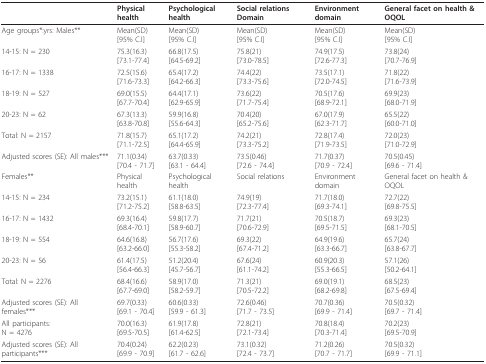
<table><thead><tr><td></td><td><b>Physical health</b></td><td><b>Psychological health</b></td><td><b>Social relations Domain</b></td><td><b>Environment domain</b></td><td><b>General facet on health &amp; OQOL</b></td></tr></thead><tbody><tr><td>Age groups*:yrs: Males**</td><td>Mean(SD)[95% C.I]</td><td>Mean(SD)[95% C.I]</td><td>Mean(SD)[95% C.I]</td><td>Mean(SD)[95% C.I]</td><td>Mean(SD)[95% C.I]</td></tr><tr><td>14-15: N = 230</td><td>75.3(16.3)[73.1-77.4]</td><td>66.8(17.5)[64.5-69.2]</td><td>75.8(21)[73.0-78.5]</td><td>74.9(17.5)[72.6-77.3]</td><td>73.8(24)[70.7-76.9]</td></tr><tr><td>16-17: N = 1338</td><td>72.5(15.6)[71.6-73.3]</td><td>65.4(17.2)[64.2-66.3]</td><td>74.4(22)[73.3-75.6]</td><td>73.5(17.1)[72.0-74.5]</td><td>71.8(22)[71.6-73.9]</td></tr><tr><td>18-19: N = 527</td><td>69.0(15.5)[67.7-70.4]</td><td>64.4(17.1)[62.9-65.9]</td><td>73.6(22)[71.7-75.4]</td><td>70.5(17.6)[68.9-72.1]</td><td>69.9(23)[68.0-71.9]</td></tr><tr><td>20-23: N = 62</td><td>67.3(13.3)[63.8-70.8]</td><td>59.9(16.8)[55.6-64.3]</td><td>70.4(20)[65.2-75.6]</td><td>67.0(17.9)[62.3-71.7]</td><td>65.5(22)[60.0-71.0]</td></tr><tr><td>Total: N = 2157</td><td>71.8(15.7)[71.1-72.5]</td><td>65.1(17.2)[64.4-65.9]</td><td>74.2(21)[73.3-75.2]</td><td>72.8(17.4)[71.9-73.5]</td><td>72.0(23)[71.0-72.9]</td></tr><tr><td>Adjusted scores (SE): All males***</td><td>71.1(0.34)[70.4 - 71.7]</td><td>63.7(0.33)[63.1 - 64.4]</td><td>73.5(0.46)[72.6 - 74.4]</td><td>71.7(0.37)[70.9 - 72.4]</td><td>70.5(0.45)[69.6 - 71.4]</td></tr><tr><td>Females**</td><td>Physical health</td><td>Psychological health</td><td>Social relations</td><td>Environment domain</td><td>General facet on health &amp; OQOL</td></tr><tr><td>14-15: N = 234</td><td>73.2(15.1)[71.2-75.2]</td><td>61.1(18.0)[58.8-63.5]</td><td>74.9(19)[72.3-77.4]</td><td>71.7(18.0)[69.3-74.1]</td><td>72.7(22)[69.8-75.5]</td></tr><tr><td>16-17: N = 1432</td><td>69.3(16.4)[68.4-70.1]</td><td>59.8(17.7)[58.9-60.7]</td><td>71.7(21)[70.6-72.9]</td><td>70.5(18.7)[69.5-71.5]</td><td>69.3(23)[68.1-70.5]</td></tr><tr><td>18-19: N = 554</td><td>64.6(16.8)[63.2-66.0]</td><td>56.7(17.6)[55.3-58.2]</td><td>69.3(22)[67.4-71.2]</td><td>64.9(19.6)[63.3-66.7]</td><td>65.7(24)[63.8-67.7]</td></tr><tr><td>20-23: N = 56</td><td>61.4(17.5)[56.4-66.3]</td><td>51.2(20.4)[45.7-56.7]</td><td>67.6(24)[61.1-74.2]</td><td>60.9(20.3)[55.3-66.5]</td><td>57.1(26)[50.2-64.1]</td></tr><tr><td>Total: N = 2276</td><td>68.4(16.6)[67.7-69.0]</td><td>58.9(17.0)[58.2-59.7]</td><td>71.3(21)[70.5-72.2]</td><td>69.0(19.1)[68.2-69.8]</td><td>68.5(23)[67.5-69.4]</td></tr><tr><td>Adjusted scores (SE): All females***</td><td>69.7(0.33)[69.1 - 70.4]</td><td>60.6(0.33)[59.9 - 61.3]</td><td>72.6(0.46)[71.7 - 73.5]</td><td>70.7(0.36)[69.9 - 71.4]</td><td>70.5(0.32)[69.7 - 71.4]</td></tr><tr><td>All participants:N = 4276</td><td>70.0(16.3)[69.5-70.5]</td><td>61.9(17.8)[61.4-62.5]</td><td>72.8(21)[72.1-73.4]</td><td>70.8(18.4)[70.3-71.4]</td><td>70.2(23)[69.5-70.9]</td></tr><tr><td>Adjusted scores (SE): All participants***</td><td>70.4(0.24)[69.9 - 70.9]</td><td>62.2(0.23)[61.7 - 62.6]</td><td>73.1(0.32)[72.4 - 73.7]</td><td>71.2(0.26)[70.7 - 71.7]</td><td>70.5(0.32)[69.9 - 71.1]</td></tr></tbody></table>